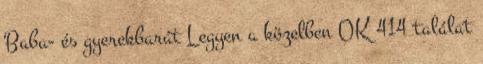
Baba- és gyerekbarát Legyen a közelben OK 414 találat